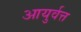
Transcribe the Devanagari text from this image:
आयुर्वत्त